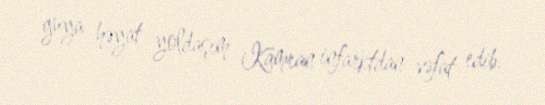
guya həyat yoldaşım Kamran infarktdan vəfat edib.